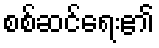
စစ်ဆင်ရေး၏